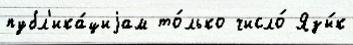
публ'ика́циjам то́лько число́ Язы́к